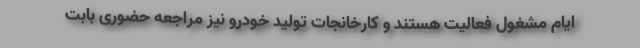
ایام مشغول فعالیت هستند و کارخانجات تولید خودرو نیز مراجعه حضوری بابت